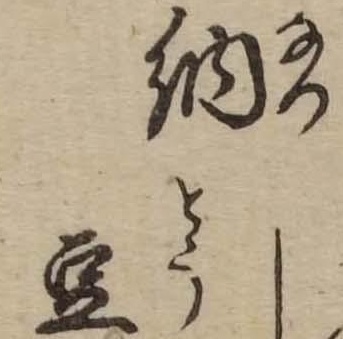
納豆